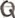
Text: Q